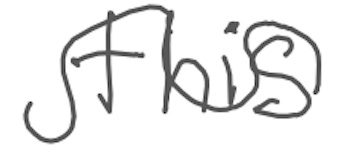
Text: this
Cross-out: wave
Writing tool: digital_gray